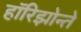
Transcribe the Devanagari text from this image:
हॉरिझोन्ते